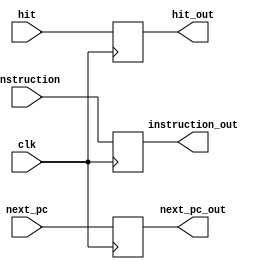
`timescale 1ns / 1ps
//////////////////////////////////////////////////////////////////////////////////
// Company: 
// Engineer: 
// 
// Design Name: 
// Module Name:    IfIDReg 
// Project Name: 
// Target Devices: 
// Tool versions: 
// Description: 
//
// Dependencies: 
//
// Revision: 
// Revision 0.01 - File Created
// Additional Comments: 
//
//////////////////////////////////////////////////////////////////////////////////
module IfIDReg(input clk, input [31:0] next_pc , input [31:0]instruction, input hit
	,output reg[31:0]instruction_out, output reg[31:0]next_pc_out ,output reg hit_out
    );
initial 
	begin 
		instruction_out = 0;
	end

always@(negedge clk)
	begin
		hit_out<=hit;
		instruction_out <= instruction;
		next_pc_out <= next_pc;
	end
endmodule